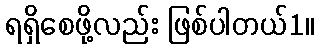
ရရှိစေဖို့လည်း ဖြစ်ပါတယ်1။